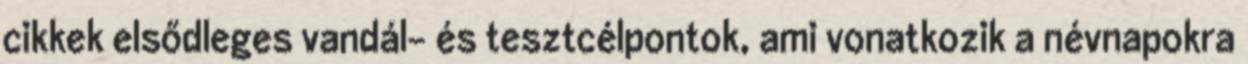
cikkek elsődleges vandál- és tesztcélpontok, ami vonatkozik a névnapokra